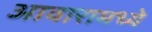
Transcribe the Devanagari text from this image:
आवारामध्ये